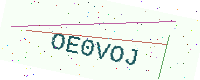
Text: OE0VOJ